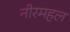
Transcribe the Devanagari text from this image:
नीरमहल